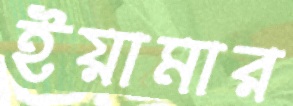
ইয়ামার